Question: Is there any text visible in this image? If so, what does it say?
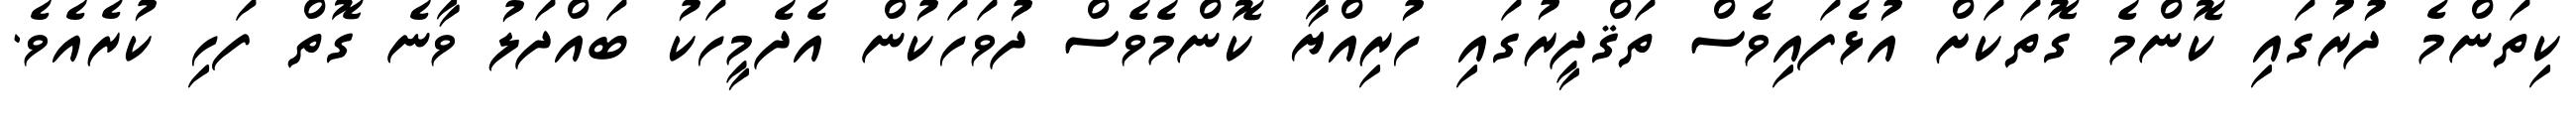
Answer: ކިތަންމެ ދުރުގައި ކޮންމެ ގޮތަކަށް އުޅެފައިވެސް ތަޤްދީރުގައި ހުރިއްޔާ ކޮންމެވެސް ދުވަހަކުން އެދެމީހަކު ބައްދަލު ވާނެ ގޮތް ފަހި ކުރެއެވެ.